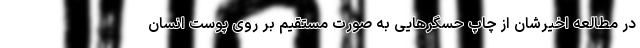
در مطالعه اخیرشان از چاپ حسگرهایی به صورت مستقیم بر روی پوست انسان